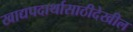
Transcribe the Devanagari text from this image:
खाद्यपदार्थासाठीदेखील